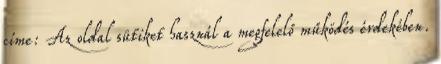
címe: Az oldal sütiket használ a megfelelő működés érdekében.